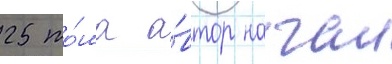
25 то́ма а́втор начал